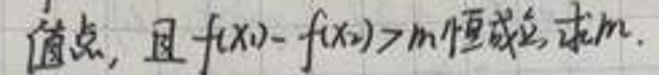
值点，且\(f(x_1)-f(x_2)>m\)恒成立，求\(m\)。